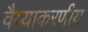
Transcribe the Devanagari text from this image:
वैय्याकरणीय